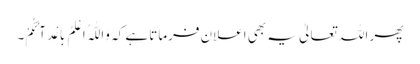
پھر اللہ تعالیٰ یہ بھی اعلان فرماتا ہے کہ وَاللّٰہُ اَعْلَمُ بِاَعْدَآئِکُمْ۔